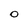
Character: O